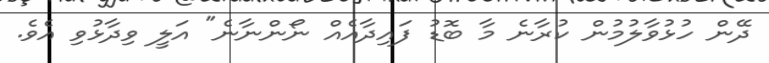
ދޭން ހުޅުވާލުމުން ކުރާނެ މާ ބޮޑު ފައިދާއެއް ނޯންނާނެ" އަލީ ވިދާޅުވި އެވެ.